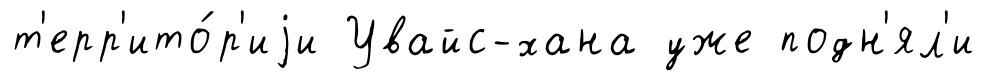
т'ерр'ито́р'иjи Увайс-хана уже подн'ял'и